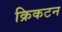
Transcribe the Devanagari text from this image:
क्रिकटन